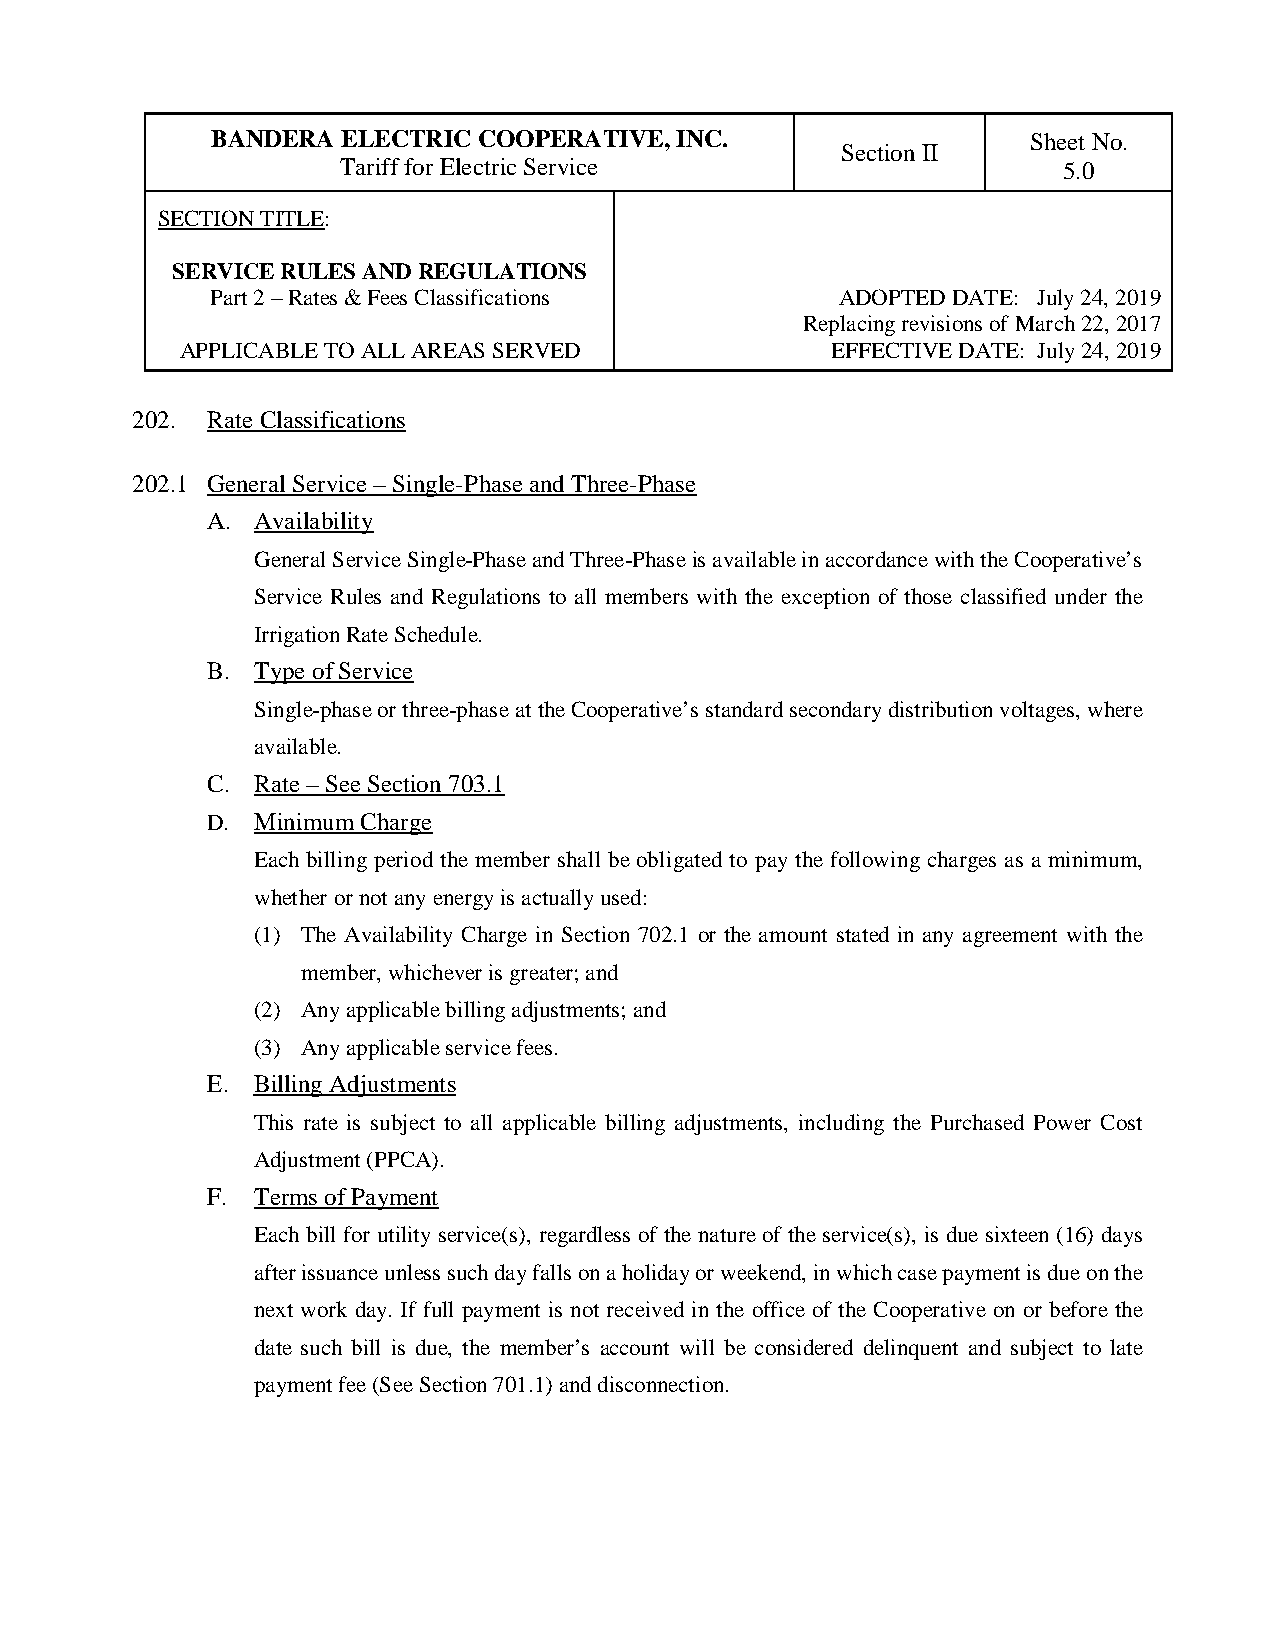
BANDERA  ELECTRIC COOPERATIVE, INC.                   Sheet No.
 Section II
 Tariff for Electric Service                    5.0
 SECTION TITLE:
 SERVICE RULES AND REGULATIONS
 Part 2 – Rates & Fees Classifications     ADOPTED DATE: July 24, 2019
 Replacing revisions of March 22, 2017
 APPLICABLE TO ALL AREAS SERVED             EFFECTIVE DATE: July 24, 2019
 202. Rate Classifications
 202.1 General Service – Single-Phase and Three-Phase
 A. Availability
 General Service Single-Phase and Three-Phase is available in accordance with the Cooperative’s
 Service Rules and Regulations to all members with the exception of those classified under the
 Irrigation Rate Schedule.
 B. Type of Service
 Single-phase or three-phase at the Cooperative’s standard secondary distribution voltages, where
 available.
 C. Rate – See Section 703.1
 D. Minimum Charge
 Each billing period the member shall be obligated to pay the following charges as a minimum,
 whether or not any energy is actually used:
 (1) The Availability Charge in Section 702.1 or the amount stated in any agreement with the
 member, whichever is greater; and
 (2) Any applicable billing adjustments; and
 (3) Any applicable service fees.
 E. Billing Adjustments
 This rate is subject to all applicable billing adjustments, including the Purchased Power Cost
 Adjustment (PPCA).
 F. Terms of Payment
 Each bill for utility service(s), regardless of the nature of the service(s), is due sixteen (16) days
 after issuance unless such day falls on a holiday or weekend, in which case payment is due on the
 next work day. If full payment is not received in the office of the Cooperative on or before the
 date such bill is due, the member’s account will be considered delinquent and subject to late
 payment fee (See Section 701.1) and disconnection.